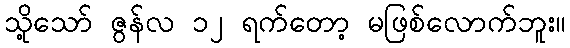
သို့သော် ဇွန်လ ၁၂ ရက်တော့ မဖြစ်လောက်ဘူး။